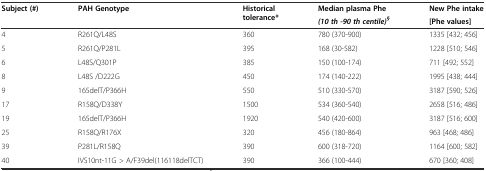
| <ROWSPAN=2> Subject (#) | <ROWSPAN=2> PAH Genotype | <ROWSPAN=2> Historical tolerance* | Median plasma Phe | New Phe intake |
 | (10 th -90 th centile)§ | [Phe values] |
 | --- | --- | --- | --- | --- |
 | 4 | R261Q/L48S | 360 | 780 (370-900) | 1335 [432; 456] |
 | 5 | R261Q/P281L | 395 | 168 (30-582) | 1228 [510; 546] |
 | 6 | L48S/Q301P | 385 | 150 (100-174) | 711 [492; 552] |
 | 8 | L48S /D222G | 450 | 174 (140-222) | 1995 [438; 444] |
 | 9 | 165delT/P366H | 550 | 510 (330-570) | 3187 [590; 526] |
 | 17 | R158Q/D338Y | 1500 | 534 (360-540) | 2658 [516; 486] |
 | 19 | 165delT/P366H | 1920 | 540 (420-600) | 3187 [516; 600] |
 | 25 | R158Q/R176X | 320 | 456 (180-864) | 963 [468; 486] |
 | 39 | P281L/R158Q | 390 | 600 (318-720) | 1164 [600; 582] |
 | 40 | IVS10nt-11G > A/F39del(116118delTCT) | 390 | 366 (100-444) | 670 [360; 408] |